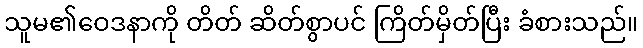
သူမ၏ဝေဒနာကို တိတ် ဆိတ်စွာပင် ကြိတ်မှိတ်ပြီး ခံစားသည်။